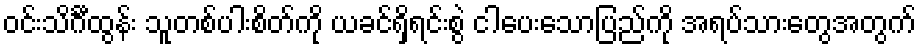
ဝင်းသိင်္ဂီထွန်း သူတစ်ပါးစိတ်ကို ယခင်ရှိရင်းစွဲ ငါပေးသောပြည်ကို အရပ်သားတွေအတွက်